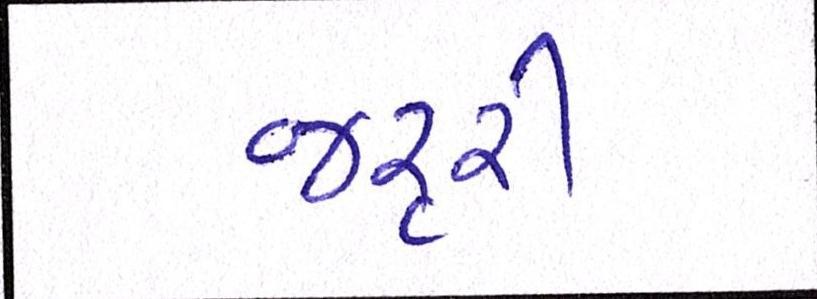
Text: જરૃરી